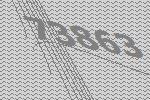
73863